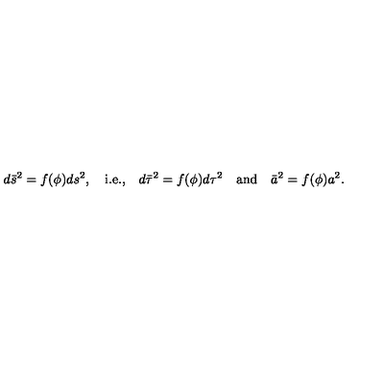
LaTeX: d \bar { s } ^ { 2 } = f ( \phi ) d s ^ { 2 } , \quad \mathrm { i . e . , } \quad d \bar { \tau } ^ { 2 } = f ( \phi ) d \tau ^ { 2 } \quad \mathrm { a n d } \quad \bar { a } ^ { 2 } = f ( \phi ) a ^ { 2 } .